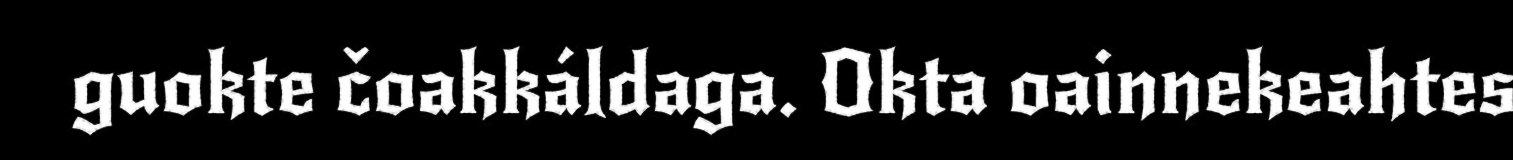
guokte čoakkáldaga. Okta oainnekeahtes